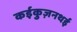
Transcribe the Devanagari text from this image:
कईकुज़नथई